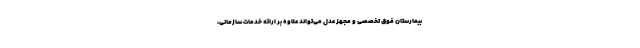
بیمارستان فوق تخصصی و مجهز عدل می‌تواند علاوه بر ارائه خدمات سازمانی،